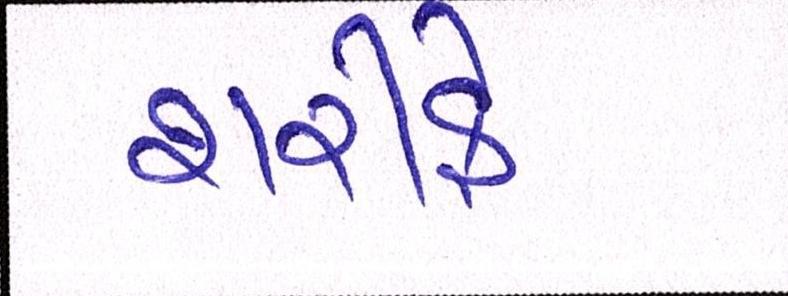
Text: શરીફે